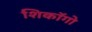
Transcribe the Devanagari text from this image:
शिकॉगो